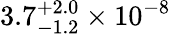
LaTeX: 3.7_{-1.2}^{+2.0}\times 10^{-8}